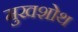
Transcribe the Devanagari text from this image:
मुखशोथ